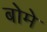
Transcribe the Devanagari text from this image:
बोमे